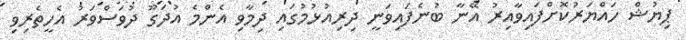
ޕިޔުޝް ހައްޔަރުކޮށްފައިވާއިރު އޭނާ ބުނެފައިވަނީ ދިރިއުޅުމުގައި ދިމާވި އެންމެ އުދަގޫ ދުވަސްވަރު އެހީތެރިވި